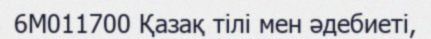
6М011700 Қазақ тілі мен әдебиеті,